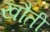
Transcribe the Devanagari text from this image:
खौती